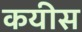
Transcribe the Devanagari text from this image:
कयीस